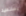
يستعيد